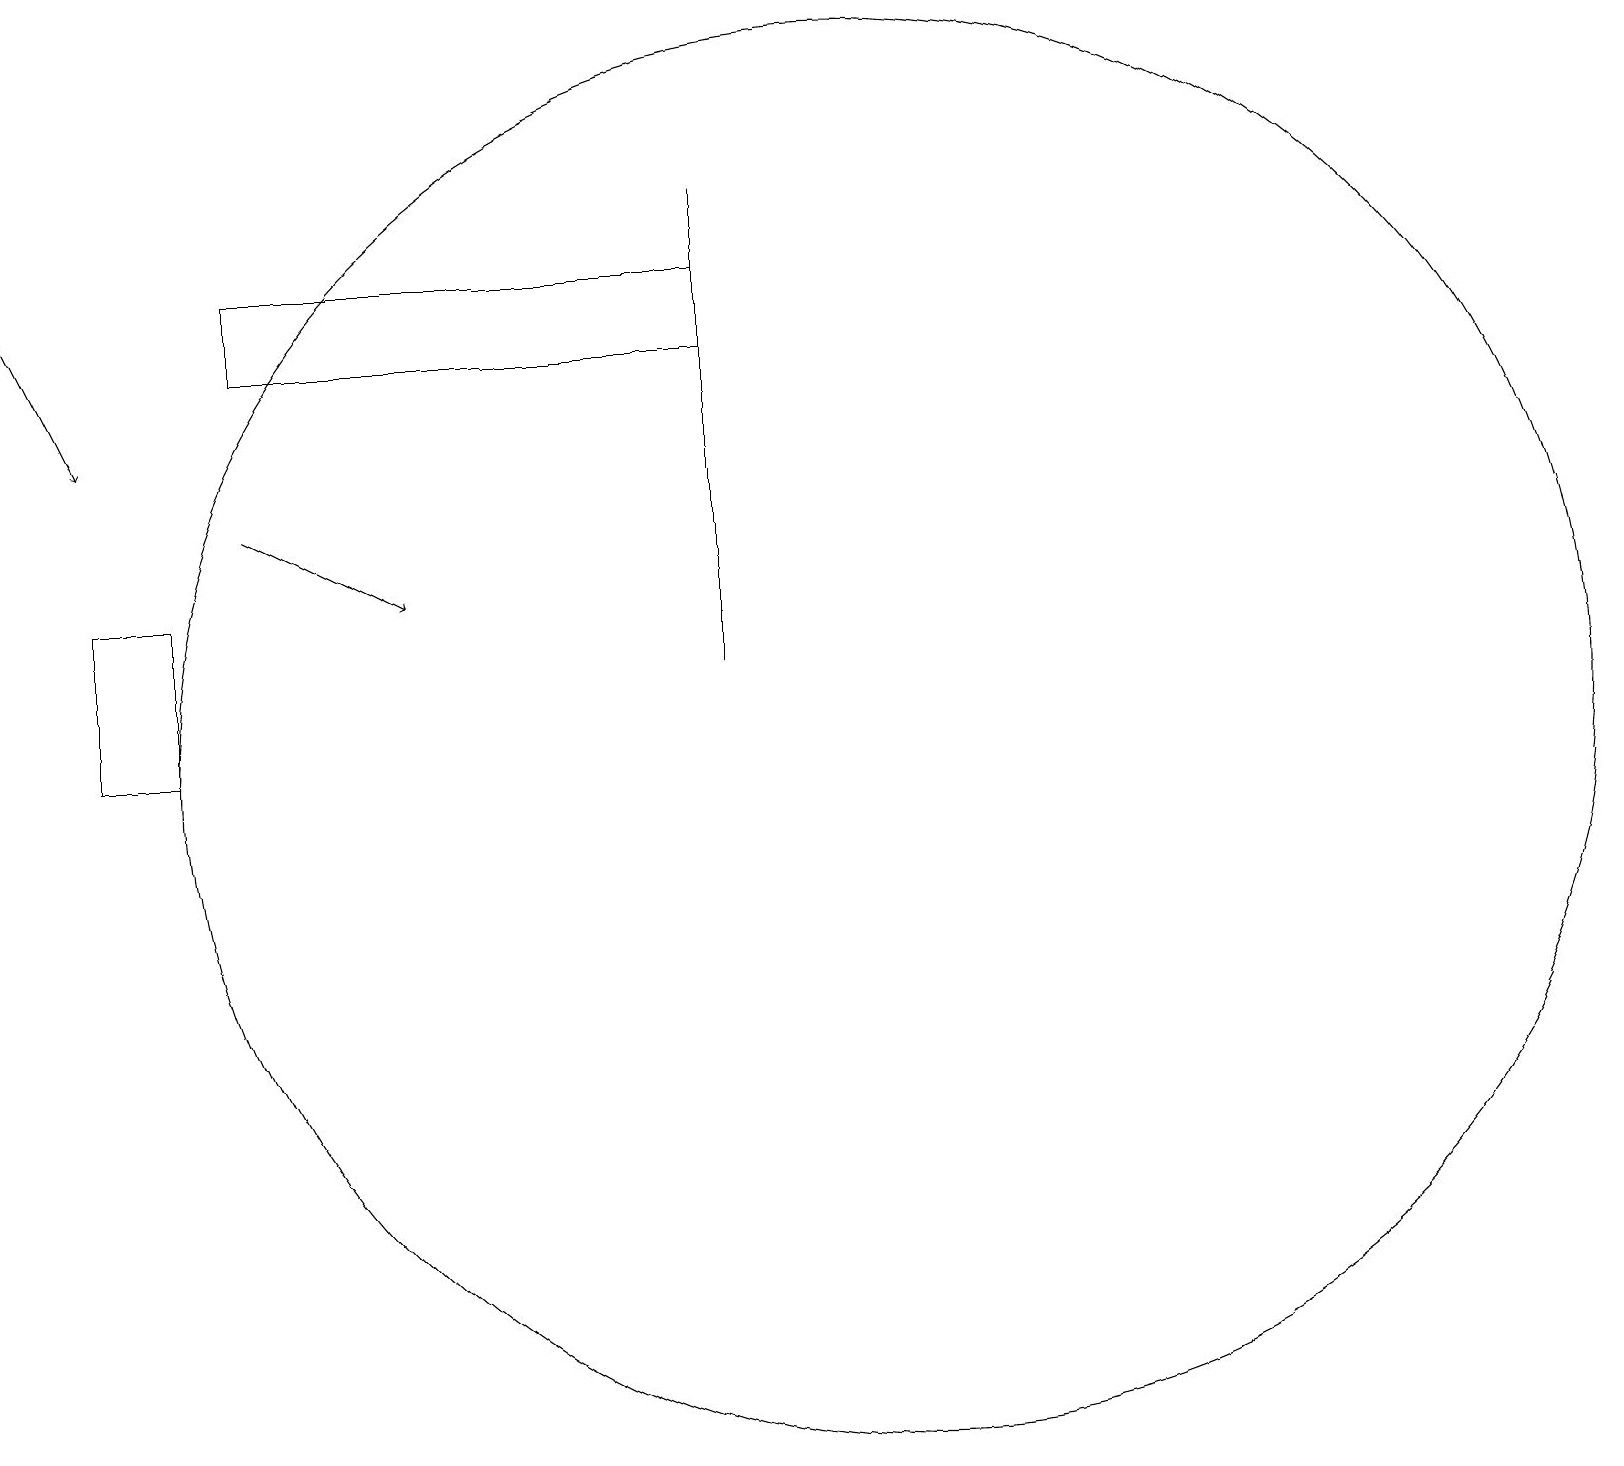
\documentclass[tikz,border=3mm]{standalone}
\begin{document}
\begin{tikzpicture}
\draw[->] (3,15) -- (5,14);
\draw (11,12) circle (9);
\draw (9,18) rectangle (3,17);
\draw (1,14) rectangle (2,12);
\draw (9,13) rectangle (9,19);
\draw[->] (0,18) -- (1,16);
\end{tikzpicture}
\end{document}